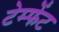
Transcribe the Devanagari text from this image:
टेम्फेंट